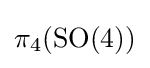
\pi _{4}(\mathrm {SO} (4))